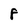
Character: 8